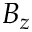
B _ { z }